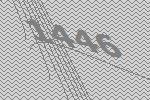
1446